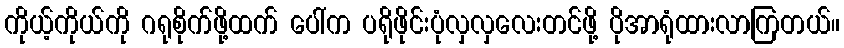
ကိုယ့်ကိုယ်ကို ဂရုစိုက်ဖို့ထက် ပေါ်က ပရိုဖိုင်းပုံလှလှလေးတင်ဖို့ ပိုအာရုံထားလာကြတယ်။